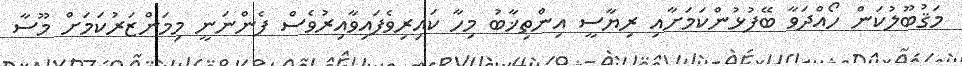
މަޤުބޫލުކަން ހޯއްދަވާ ބޭފުޅުންކަމަށާއި ރިޔާސީ އިންތިޚާބު މިހާ ކައިރިވެފައިވާއިރުވެސް ފެންނަނީ މިމަންޒަރުކަމަށް މޫސާ